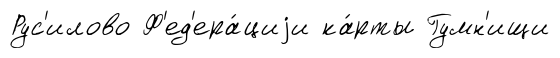
Рус'илово Ф'ед'ера́циjи ка́рты Гумн'ищи